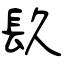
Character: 镹